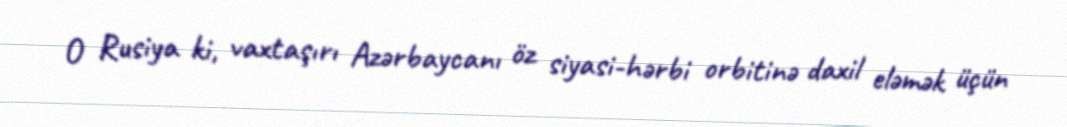
O Rusiya ki, vaxtaşırı Azərbaycanı öz siyasi-hərbi orbitinə daxil eləmək üçün